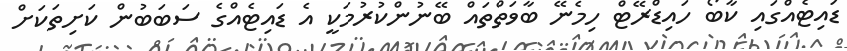
ޑައިޓެއްގައި ކާބޯ ހައިޑްރޭޓް ހިމެނޭ ބާވަތްތައް ބޭނުންކުރުމަކީ އެ ޑައިޓެއްގެ ސަބަބުން ކަށިތަކަށް